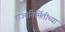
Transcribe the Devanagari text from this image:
राज्यनिर्मितीच्या